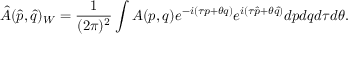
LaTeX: \hat { A } ( \hat { p } , \hat { q } ) _ { W } = \frac { 1 } { ( 2 \pi ) ^ { 2 } } \int A ( p , q ) e ^ { - i ( \tau p + \theta q ) } e ^ { i ( \tau \hat { p } + \theta \hat { q } ) } d p d q d \tau d \theta .